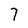
Character: 7